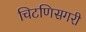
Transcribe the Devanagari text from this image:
चिटणिसगरी